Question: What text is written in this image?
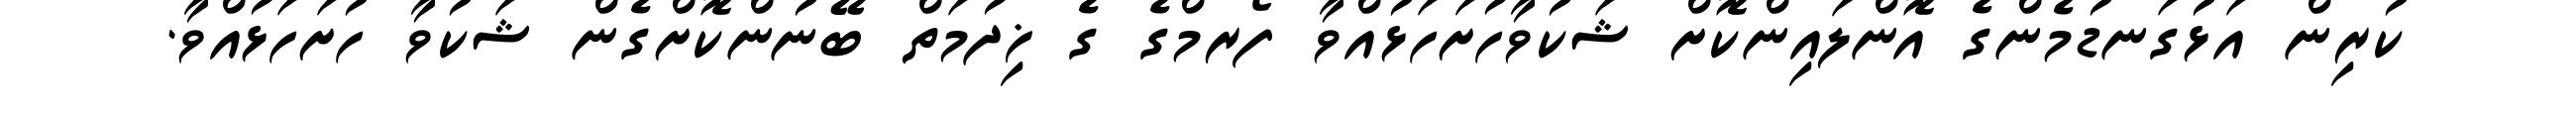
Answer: ކުރިން އަޅުގަނޑުމެންގެ އޮންލައިންކޮށް ޝަކުވާހުށަހަޅުއްވާ ފޯރމްގެ ގެ ޚިދުމަތް ބޭނުންކޮށްގެން ޝަކުވާ ހުށަހަޅުއްވާ.